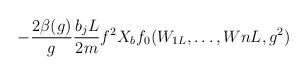
LaTeX: \begin{align*}-\frac{2\beta(g)}{g}\frac{b_jL}{2m}f^2X_bf_0(W_{1L},\ldots,W{nL},g^2)\end{align*}